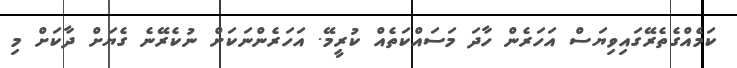
ކަމެއްގެތެރޭގައިވިޔަސް އަހަރެން ހާދަ މަސައްކަތެއް ކުރީމޭ. އަހަރެންނަކަށް ނުކެރޭނެ ގެޔަށް ދާކަށް މި